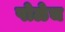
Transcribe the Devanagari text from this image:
पोळेच